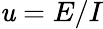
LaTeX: \mathit{u}=E/I